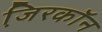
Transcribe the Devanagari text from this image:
जि़रकॉन